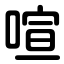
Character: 喧